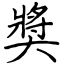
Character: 奬